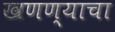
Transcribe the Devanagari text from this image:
खणण्याचा